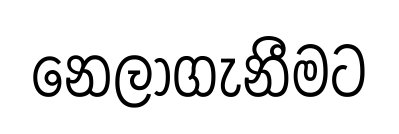
නෙලාගැනීමට